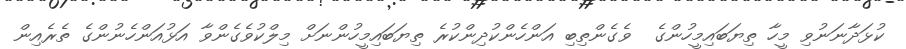
ކުޅަދާނަނުވި މީހާ ތިޔަބައިމީހުންގެ  ވެގެންތިބި އަންހެންކުދިންކުރެ ތިޔަބައިމީހުންނަށް މިލްކުވެގެންވާ އަޅުއަންހެނުންގެ ތެރެއިން